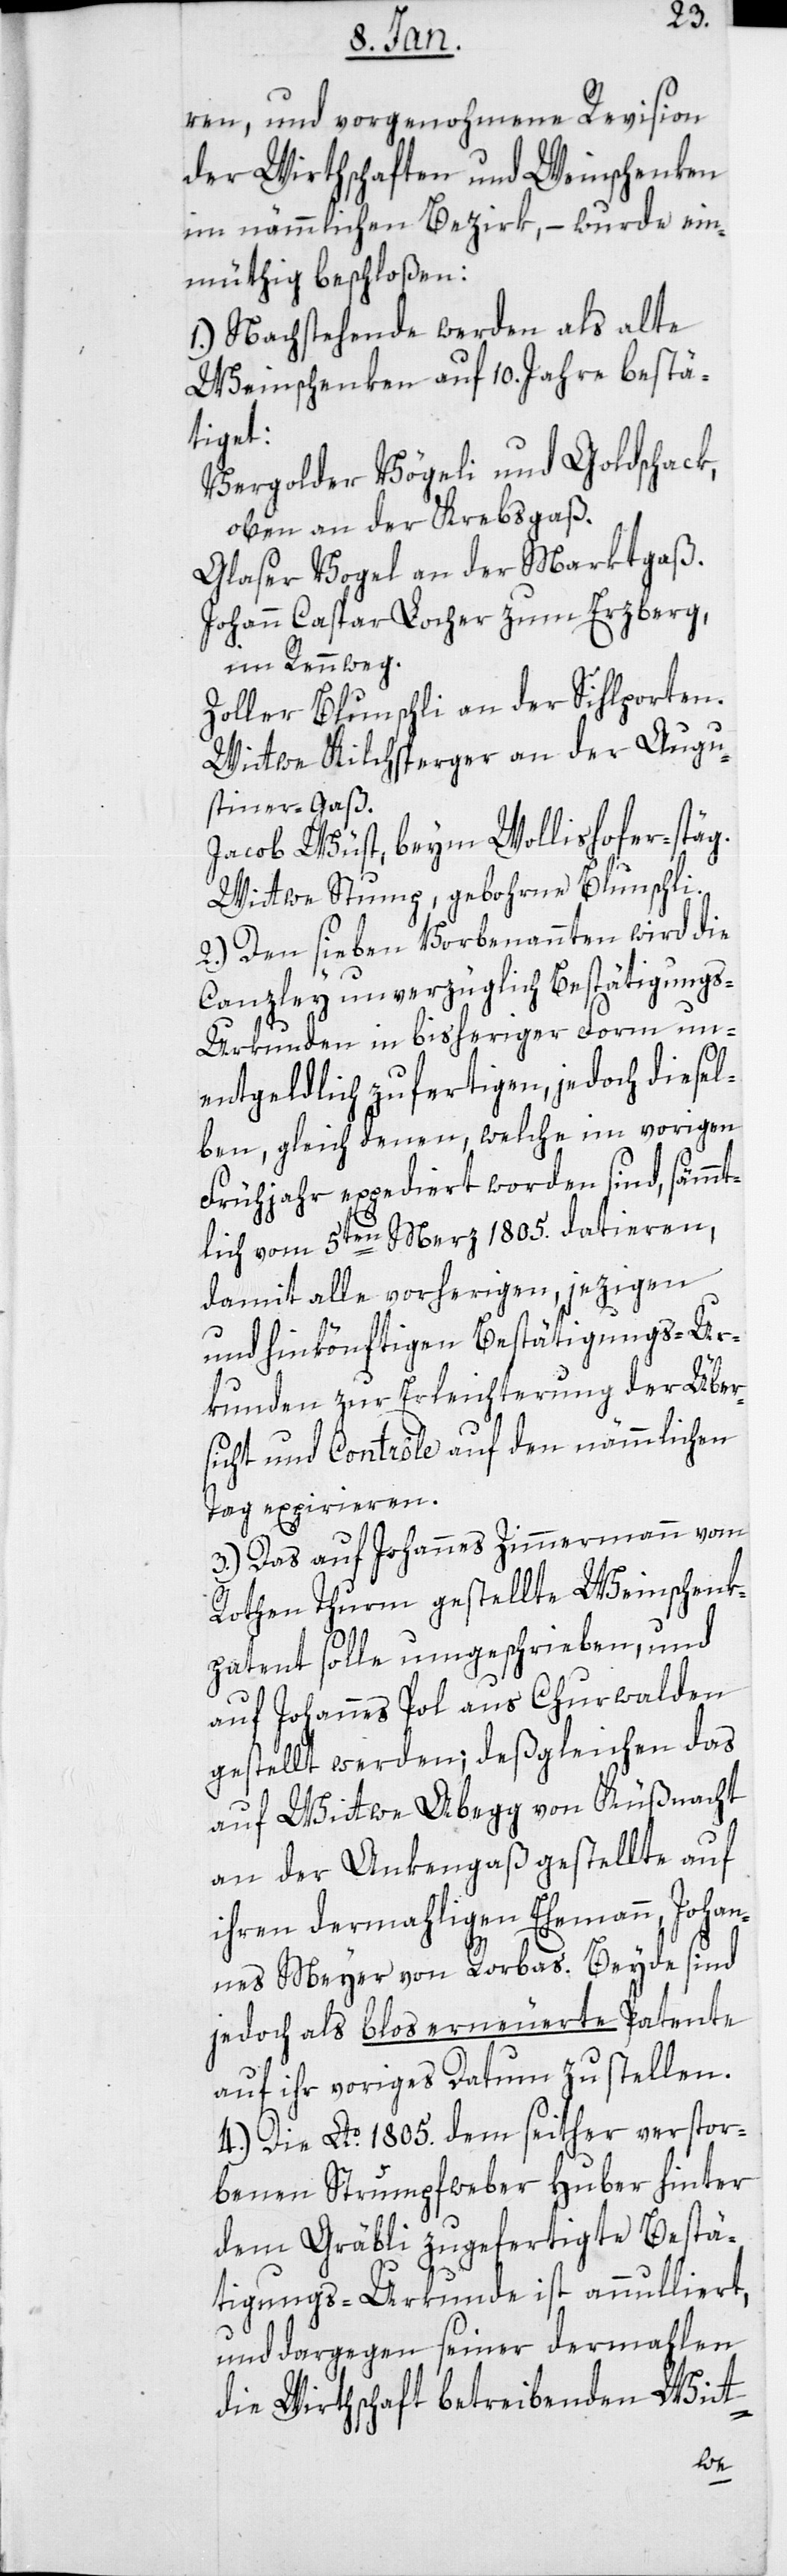
ren, und vorgenohmene Revision
der Wirthschaften und Weinschenken
im nämmlichen Bezirk, – wurde ein¬
müthig beschloßen:
1.) Nachstehende werden als alte
Weinschenken auf 10. Jahre bestä¬
tiget:
Vergolder Vögeli und Goldschack,
oben an der Krebsgaß.
Glaser Vogel an der Marktgaß.
Johann Caspar Locher zum Erzberg,
im Rennweg.
Zoller Blunschli an der Sihlporten.
Wittwe Kilchsperger an der Augu¬
stiner-Gaß.
Jacob Wüst beim Wollishofer-Stäg.
Wittwe Stump, geborne Blunschli.
2.) Den sieben Vorbenannten wird die
Canzley unverzüglich Bestätigung¬
s-Urkunden in bisheriger Form un¬
entgeldlich zufertigen, jedoch diesel¬
ben, gleich denen welche im vorigen
Frühjahr expediert worden sind, sämmt¬
lich vom 5ten März 1805 datieren,
damit alle vorherigen, jezigen
und hinkönftigen Bestätigungs-Ur¬
kunden zur Erleichterung der Über¬
sicht und Contrôle auf den nämmlichen
Tag expirieren.
3.) Das auf Johannes Zimmermann vom
Rothen Thurm gestellte Weinschenk¬
patent solle umgeschrieben, und
auf Johannes Pol aus Churwalden
gestellt werden; deßgleichen das
auf Wittwe Abegg von Küßnacht
an der Ankengaß gestellte auf
ihren dermahligen Ehemann, Johan¬
nes Meyer von Rorbas. Beyde sind
jedoch als blos erneuerte Patente
auf ihr voriges Datum zu stellen.
4.) Die Ao. 1805. dem seither verstor¬
benen Strumpfweber Huber hinter
dem Gräbli zugefertigte Bestä¬
tigungs-Urkunde ist annulliert,
und dargegen seiner dermahlen
die Wirthschaft betreibenden Witt-